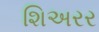
શિઅરર